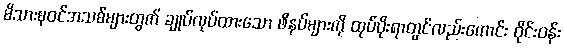
မိသားစုဝင်အသစ်များတွက် ချုပ်လုပ်ထားသော ဖိနပ်များကို ထုပ်ပိုးရာတွင်လည်းကောင်း ဝိုင်းဝန်း